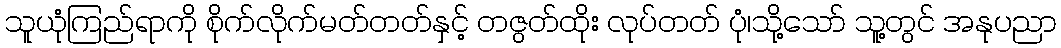
သူယုံကြည်ရာကို စိုက်လိုက်မတ်တတ်နှင့် တဇွတ်ထိုး လုပ်တတ် ပုံ၊သို့သော် သူ့တွင် အနုပညာ